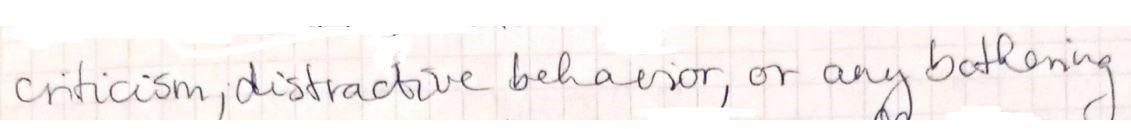
criticism, destructive behavior, or any bothering